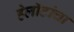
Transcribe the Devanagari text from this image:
हेलॉटांचा